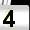
Digit: 4